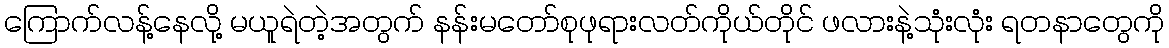
ကြောက်လန့်နေလို့ မယူရဲတဲ့အတွက် နန်းမတော်စုဖုရားလတ်ကိုယ်တိုင် ဖလားနဲ့သုံးလုံး ရတနာတွေကို